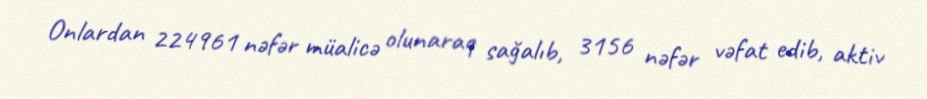
Onlardan 224961 nəfər müalicə olunaraq sağalıb, 3156 nəfər vəfat edib, aktiv